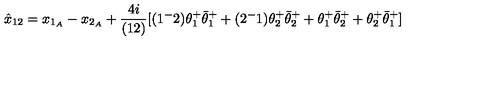
\hat { x } _ { 1 2 } = x _ { 1 _ { A } } - x _ { 2 _ { A } } + { \frac { 4 i } { ( 1 2 ) } } [ ( 1 ^ { - } 2 ) \theta _ { 1 } ^ { + } \bar { \theta } _ { 1 } ^ { + } + ( 2 ^ { - } 1 ) \theta _ { 2 } ^ { + } \bar { \theta } _ { 2 } ^ { + } + \theta _ { 1 } ^ { + } \bar { \theta } _ { 2 } ^ { + } + \theta _ { 2 } ^ { + } \bar { \theta } _ { 1 } ^ { + } ]